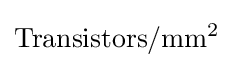
{\rm {Transistors/mm^{2}}}